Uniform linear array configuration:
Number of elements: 32
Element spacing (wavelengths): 0.25
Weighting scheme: hamming
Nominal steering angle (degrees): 45
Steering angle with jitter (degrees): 43.194
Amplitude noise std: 0.05
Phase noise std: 0.05

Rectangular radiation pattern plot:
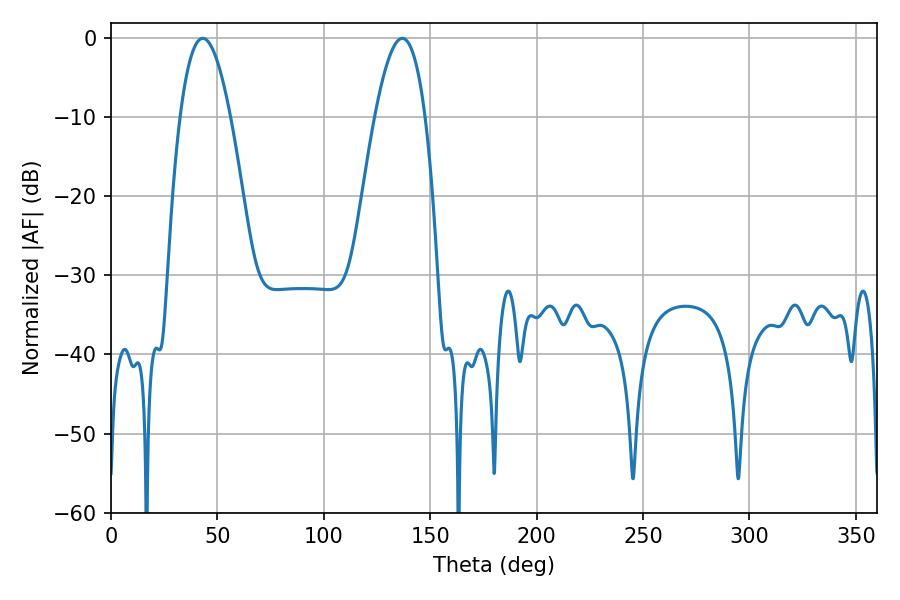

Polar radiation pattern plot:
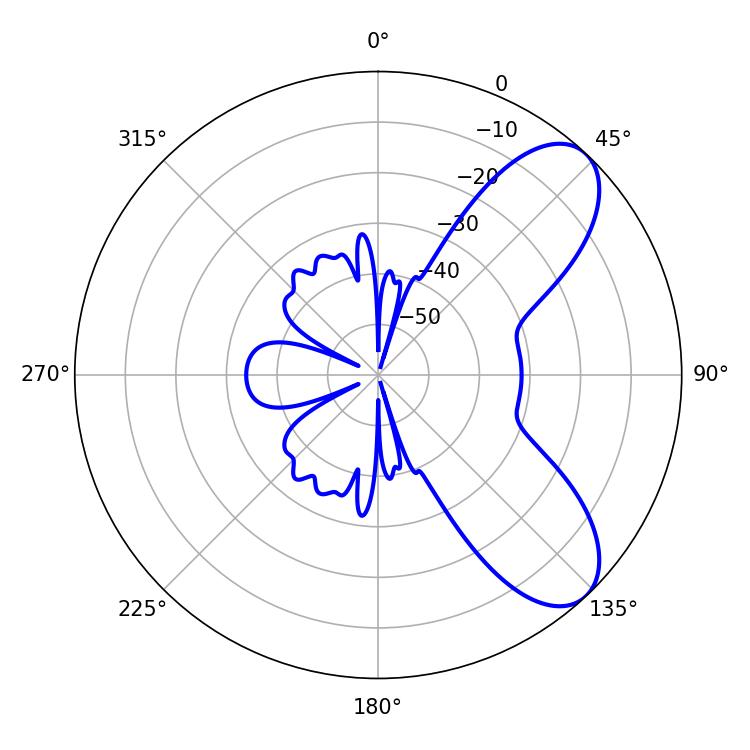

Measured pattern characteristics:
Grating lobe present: FALSE
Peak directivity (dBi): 7.741
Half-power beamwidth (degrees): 13.14
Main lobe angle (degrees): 43.2